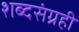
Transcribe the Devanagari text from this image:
शब्दसंग्रही